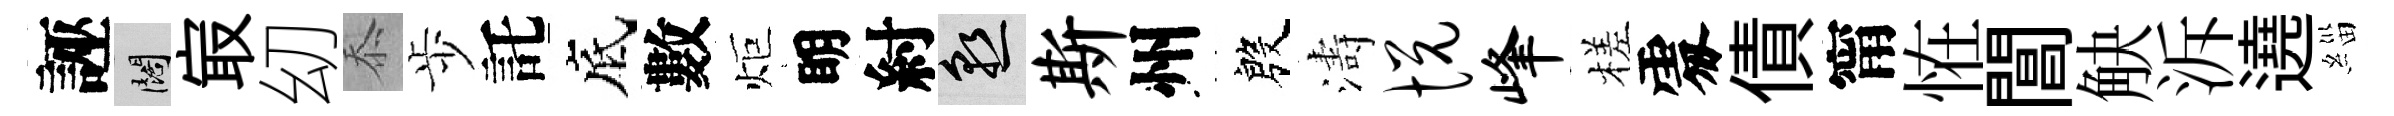
誣闊㝡㓜忝歩託底數炬眀紂熟斯州殷濤悦峰槎𠁅債甯恠閶觖泝遶緇